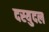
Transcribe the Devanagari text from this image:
दस्युदल